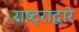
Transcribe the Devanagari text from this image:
राष्ट्रांद्वारे